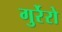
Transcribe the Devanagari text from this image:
गुर्रेरो